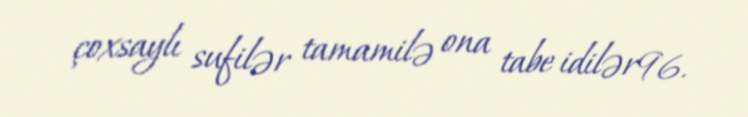
çoxsaylı sufilər tamamilə ona tabe idilər96.